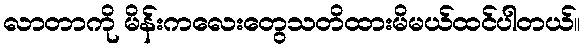
လာတာကို မိန်းကလေးတွေသတိထားမိမယ်ထင်ပါတယ်။